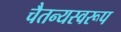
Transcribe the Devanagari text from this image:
चैतन्यस्वरूप